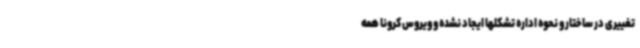
تغییری در ساختار و نحوه اداره تشکلها ایجاد نشده و ویروس کرونا همه